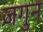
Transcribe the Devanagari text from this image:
जगुन